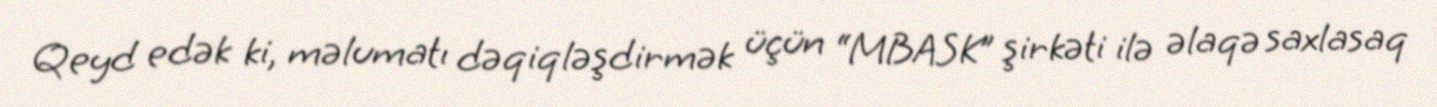
Qeyd edək ki, məlumatı dəqiqləşdirmək üçün “MBASK” şirkəti ilə əlaqə saxlasaq